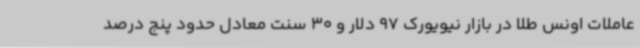
عاملات اونس طلا در بازار نیویورک 97 دلار و 30 سنت معادل حدود پنج درصد